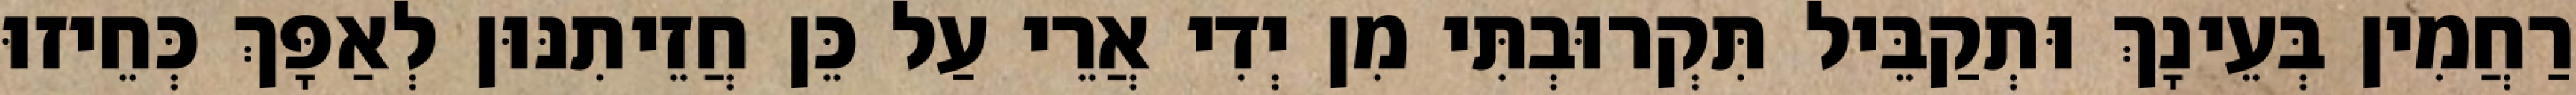
רַחֲמִין בְּעֵינָךְ וּתְקַבֵּיל תִּקְרוּבְתִּי מִן יְדִי אֲרֵי עַל כֵּן חֲזֵיתִנּוּן לְאַפָּךְ כְּחֵיזוּ